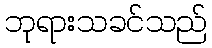
ဘုရားသခင်သည်